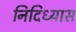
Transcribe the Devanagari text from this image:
निदिध्यास